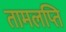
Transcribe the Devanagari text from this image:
तामलप्ति